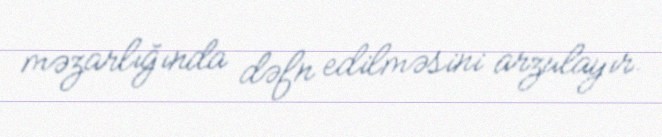
məzarlığında dəfn edilməsini arzulayır.